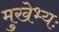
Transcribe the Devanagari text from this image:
मुखेभ्यः